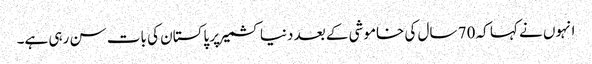
انہوں نے کہا کہ 70 سال کی خاموشی کے بعد دنیا کشمیر پر پاکستان کی بات سن رہی ہے۔